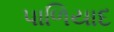
પાળિયાદ